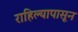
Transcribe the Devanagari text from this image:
राहिल्यापासून